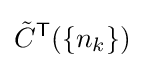
{\tilde {C}}^{\mathsf {T}}(\{n_{k}\})